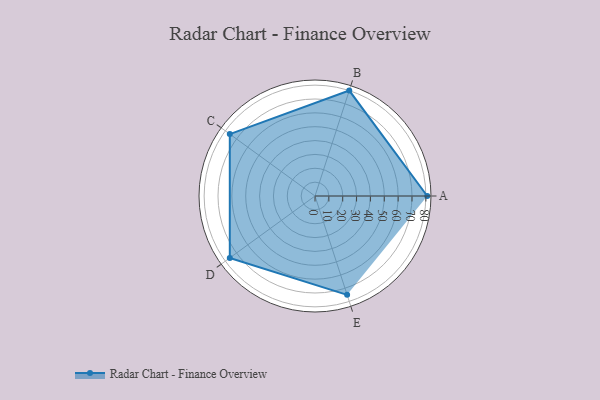
{"axis": {"x": "Skill", "y": "Score"}, "legend": ["Profile"], "data": [{"x": "A", "y": 81.0, "type": "Profile"}, {"x": "B", "y": 80.0, "type": "Profile"}, {"x": "C", "y": 76.0, "type": "Profile"}, {"x": "D", "y": 76.0, "type": "Profile"}, {"x": "E", "y": 75.0, "type": "Profile"}]}